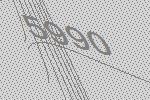
5990